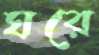
ঘরে